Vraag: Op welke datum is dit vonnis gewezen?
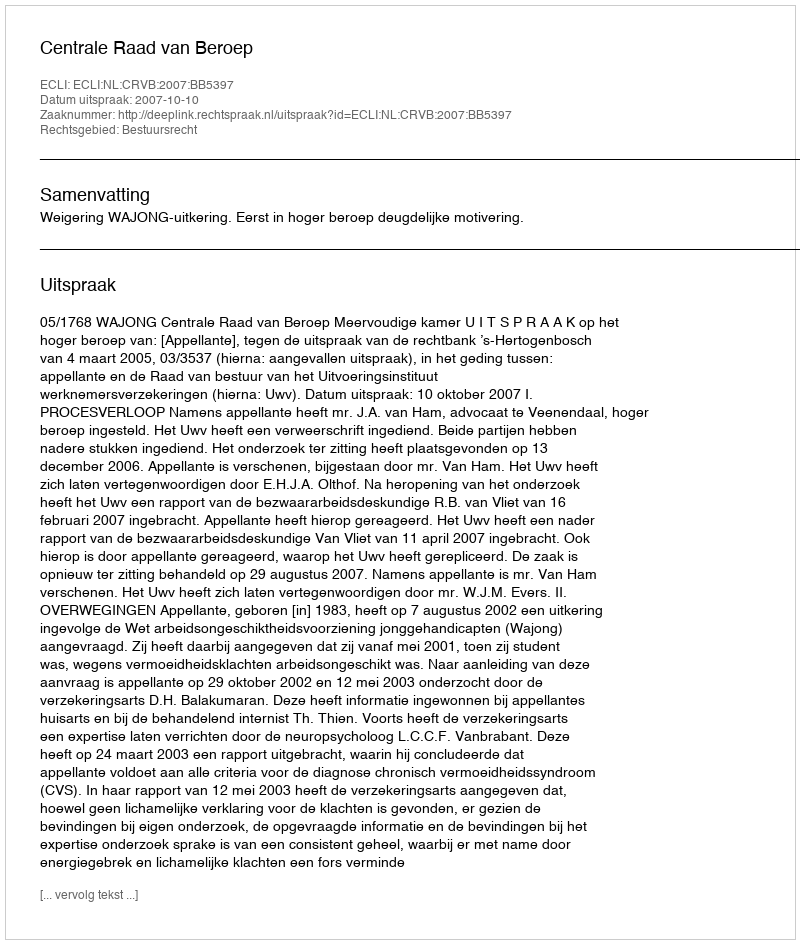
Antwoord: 2007-10-10